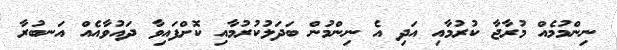
ނިންމުމެއް މުރާޖާ ކުރުމާއި އަދި އެ ނިންމުން ބަދަލުކުރުމާއި ކޮށްފައިވާ ދައުވާއެއް އަނބުރާ